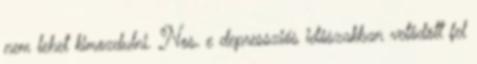
nem lehet kimozdulni. Nos, e depressziós idôszakban vetôdött fel